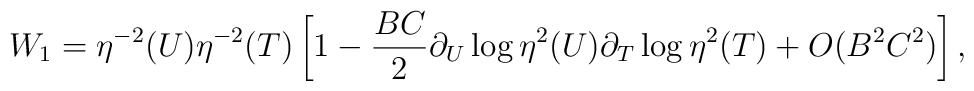
W_{1} = \eta^{-2}(U) \eta^{-2}(T) \left[1 - \frac{BC}{2} \partial_{U} \log \eta^{2}(U)\partial_{T} \log \eta^{2}(T) + O( B^{2}C^{2} )\right],